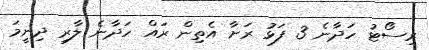
ރިސޯޓު ހަދާނެ 3 ފަޅު ރަށާ އެތިން ރައް ހަދާނެ ލާރި ދިނީމަ